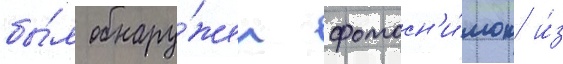
бы́л обнару́жен фотосн'и́мок и́з